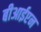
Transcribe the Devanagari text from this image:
बीआईएन